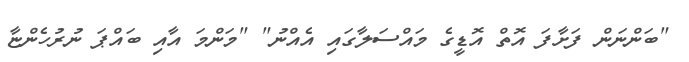
"ބަންނަން ފަށާފަ އޮތް އޮޑީގެ މައްސަލާގައި އެއްނު" "މަންމަ އާއި ބައްޕަ ނުރުހެންޏާ